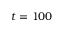
t = 1 0 0